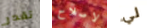
تقدر لاصلاح لي